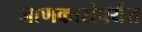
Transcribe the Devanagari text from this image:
जाणकारांपर्यंत